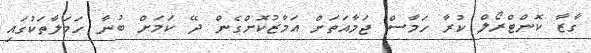
ގާޒާ ކޮންޓްރޯލް ކުރާ ހަމާސް ޖަމާއަތަށް އަމާޒުކޮށްގެން ދޭ ކަމަށް ބުނާ ހަމަލާތަކުގައި